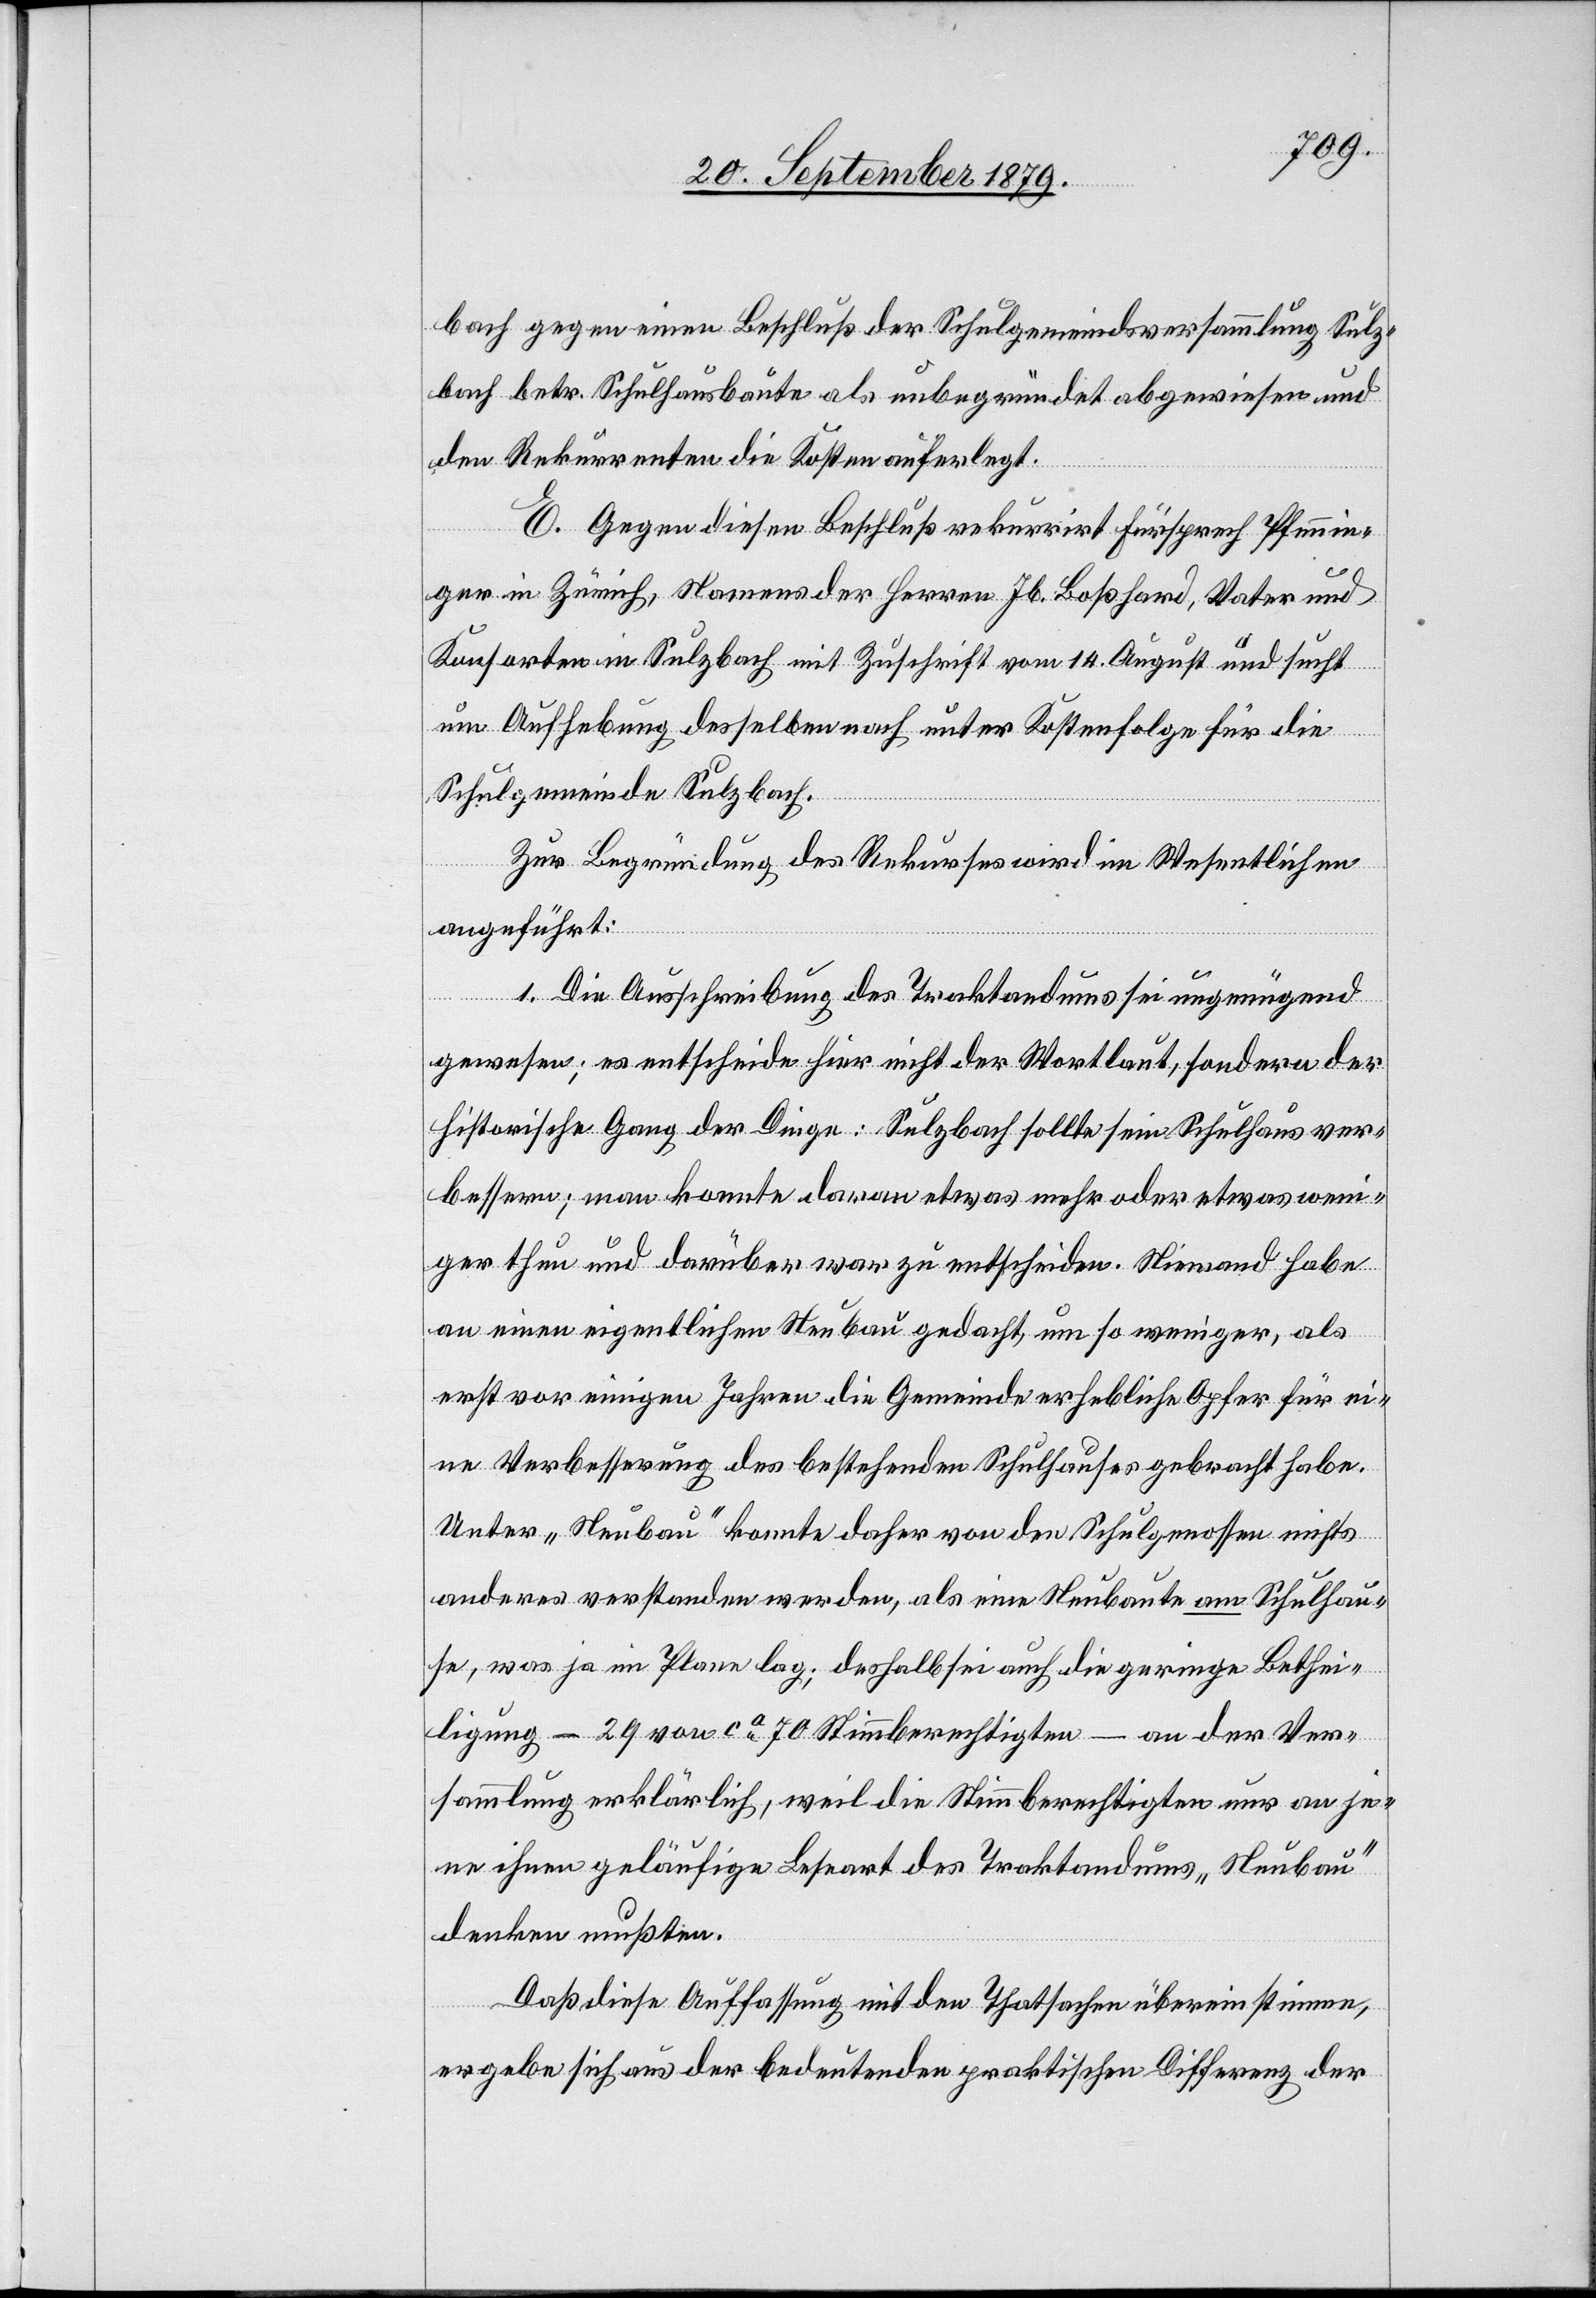
bach gegen einen Beschluß der Schulgemeindsversammlung Sulz¬
bach betr. Schulhausbaute als unbegründet abgewiesen und
den Rekurrenten die Kosten auferlegt.
E. Gegen diesen Beschluß rekurrirt Fürsprech Pfennin¬
ger in Zürich, Namens der Herren Jb. Boßhard, Vater und
Konsorten in Sulzbach mit Zuschrift vom 14. August und sucht
um Aufhebung desselben nach unter Kostenfolge für die
Schulgemeinde Sulzbach.
Zur Begründung des Rekurses wird im Wesentlichen
angeführt:
1. Die Ausschreibung des Traktandums sei ungenügend
gewesen; es entscheide hier nicht der Wortlaut, sondern der
historische Gang der Dinge: Sulzbach sollte sein Schulhaus ver¬
bessern; man konnte daran etwas mehr oder etwas weni¬
ger thun und darüber war zu entscheiden. Niemand habe
an einen eigentlichen Neubau gedacht, um so weniger, als
erst vor einigen Jahren die Gemeinde erhebliche Opfer für ei¬
ne Verbesserung des bestehenden Schulhauses gebracht habe.
Unter „Neubau“ konnte daher von den Schulgenossen nichts
anderes verstanden werden, als eine Neubaute am Schulhau¬
se, was ja im Plane lag; deshalb sei auch die geringe Bethei¬
ligung – 29 von ca 70 Stimmberechtigten – an der Ver¬
sammlung erklärlich, weil ja die Stimmberechtigten nur an je¬
ne ihnen geläufige Leseart des Traktandums „Neubau“
denken mußten.
Daß diese Auffassung mit den Thatsachen übereinstimme,
ergebe sich aus der bedeutenden praktischen Differenz der